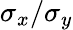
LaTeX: \sigma_{x}/\sigma_{y}